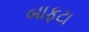
બાફટા